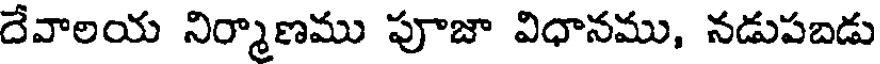
దేవాలయ నిర్మాణము పూజా విధానము, నడుపబడు